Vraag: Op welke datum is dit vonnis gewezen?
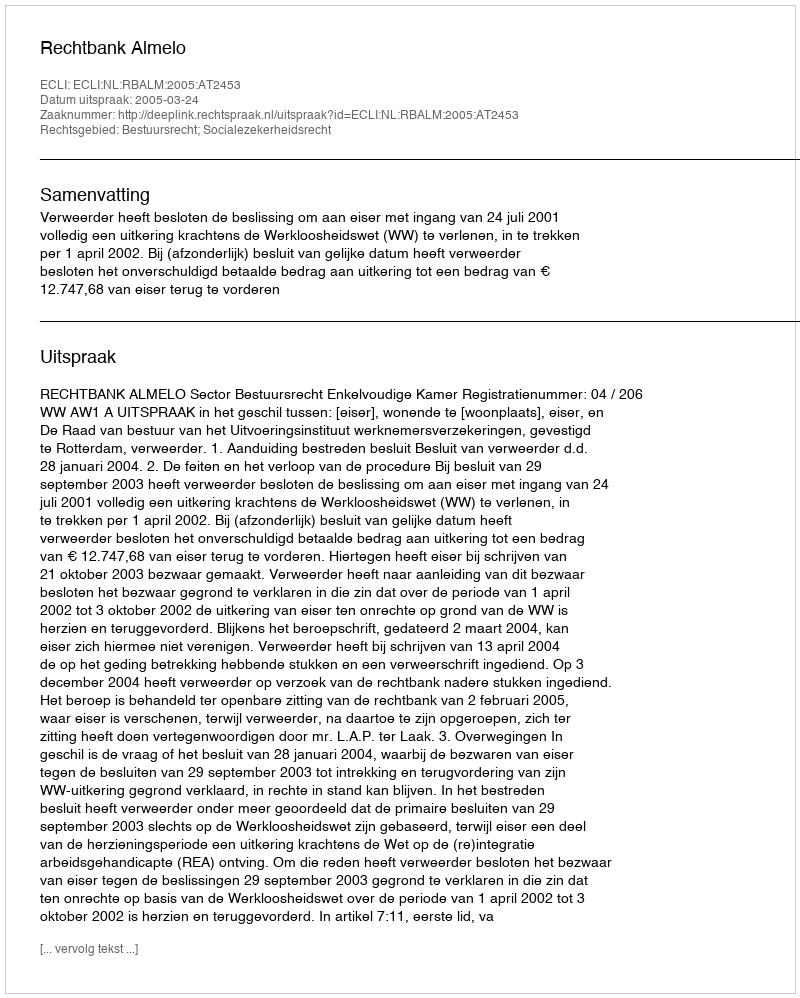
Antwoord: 2005-03-24